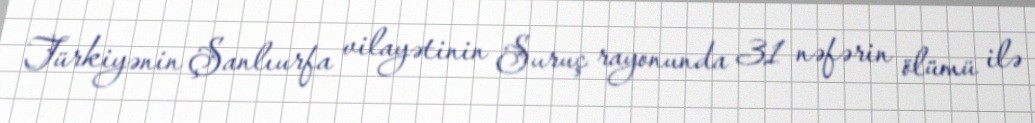
Türkiyənin Şanlıurfa vilayətinin Suruç rayonunda 31 nəfərin ölümü ilə